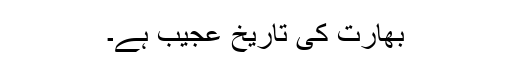
بھارت کی تاریخ عجیب ہے۔